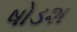
ષોડશ